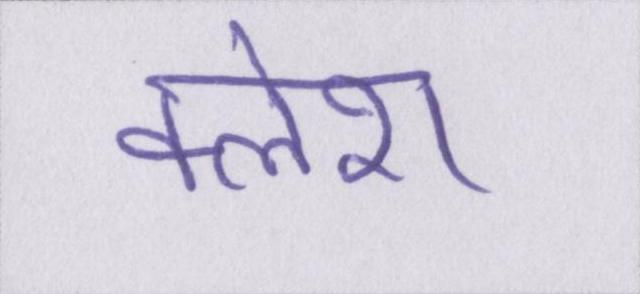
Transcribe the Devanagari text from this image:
क्लेश